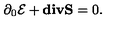
\partial _ { 0 } { \cal E } + { \bf d i v } { \bf S } = 0 .